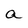
Character: a